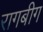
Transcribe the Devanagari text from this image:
रागबीग